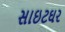
સાઇટઘર